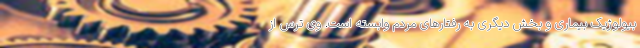
بیولوژیک بیماری و بخش دیگری به رفتارهای مردم وابسته است. وی ترس از